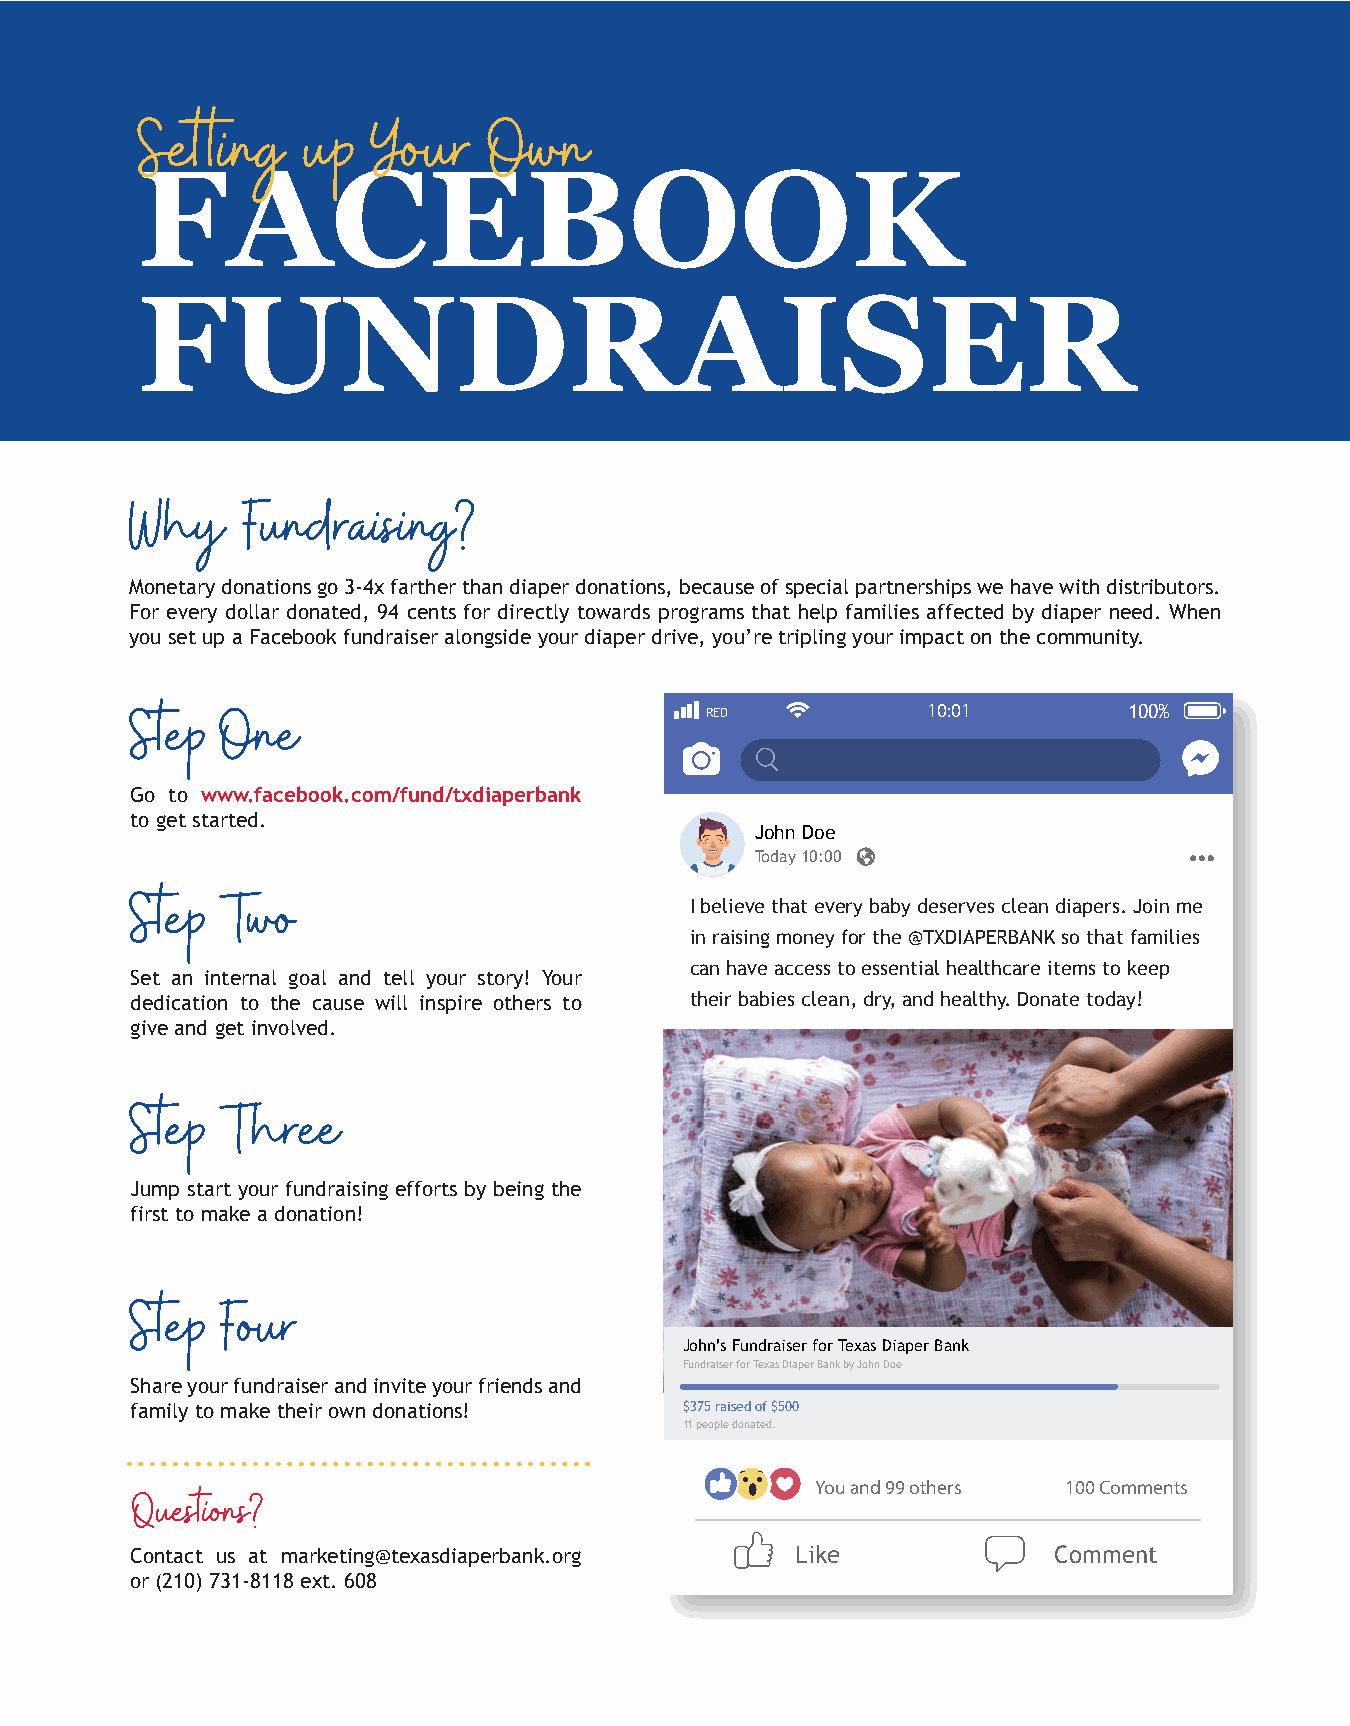
Setting    up   Your   Own
 FACEBOOK
 FUNDRAISER
 Why    Fundraising?
 Monetary donations go 3-4x farther than diaper donations, because of special partnerships we have with distributors.
 For every dollar donated, 94 cents for directly towards programs that help families affected by diaper need. When
 you set up a Facebook fundraiser alongside your diaper drive, you’re tripling your impact on the community.
 RED           10:01         100%
 Step  One
 Go to www.facebook.com/fund/txdiaperbank
 to get started.
 John Doe
 Today 10:00
 I believe that every baby deserves clean diapers. Join me
 Step  Two
 in raising money for the @TXDIAPERBANK so that families
 can have access to essential healthcare items to keep
 Set an internal goal and tell your story! Your
 dedication to the cause will inspire others to their babies clean, dry, and healthy. Donate today!
 give and get involved.
 Step  Three
 Jump start your fundraising efforts by being the
 first to make a donation!
 Step  Four
 John’s Fundraiser for Texas Diaper Bank
 Fundraiser for Texas Diaper Bank by John Doe
 Share your fundraiser and invite your friends and
 family to make their own donations! $375 raised of $500
 11 people donated.
 You and 99 others 100 Comments
 Questions?
 Contact us at marketing@texasdiaperbank.org Like             Comment
 or (210) 731-8118 ext. 608